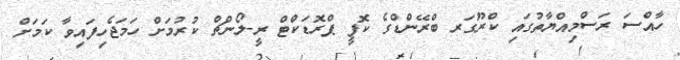
ހާއްސަ ރަސްމިއްޔާތުގައި ކްރޫގަރ ބްރޭންޑްގެ ކޮފީ ޕްރޮޑަކްޓް ރީ-ލޯންޗް ކުރުމަށް ހަމަޖެހިފައިވާ ކަމަށް